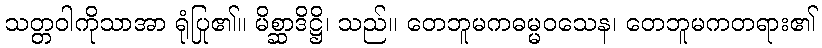
သတ္တဝါကိုသာအာ ရုံပြု၏။ မိစ္ဆာဒိဋ္ဌိ၊ သည်။ တေဘူမကဓမ္မဝသေန၊ တေဘူမကတရား၏